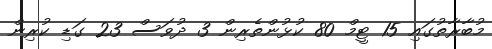
މުބާރާތުގައި 15 ޓީމް 80 ކުޅުންތެރިން 3 ދުވަސް 23 ގަޑި ކުރިން